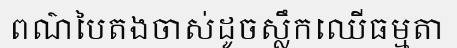
ពណ៌បៃតងចាស់ដូចស្លឹកឈើធម្មតា